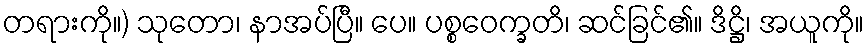
တရားကို။) သုတော၊ နာအပ်ပြီ။ ပေ။ ပစ္စဝေက္ခတိ၊ ဆင်ခြင်၏။ ဒိဋ္ဌိ၊ အယူကို။